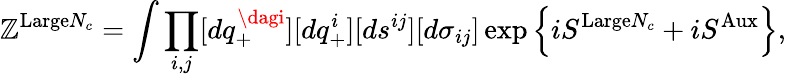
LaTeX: \mathbb{Z}^{\mathrm{{Large}}N_{c}}=\int\prod_{i,j}[dq_{+}^{\dagi}][dq_{+}^{i}][ds^{ij}][d\sigma_{ij}]\exp\left\{ iS^{\mathrm{{Large}}N_{c}}+iS^{\mathrm{{Aux}}}\right\} ,